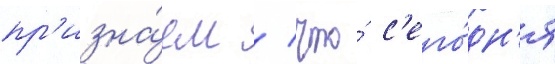
пр'изна́ем / что́ с'его́дн'я